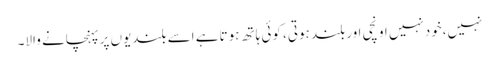
نہیں،خودنہیں اونچی اوربلند ہوتی، کوئی ہاتھ ہوتاہے اسے بلندیوں پرپہنچانے والا۔